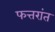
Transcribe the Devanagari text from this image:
फत्तरांत